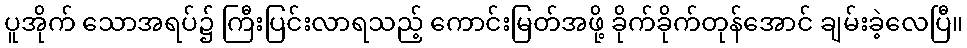
ပူအိုက် သောအရပ်၌ ကြီးပြင်းလာရသည့် ကောင်းမြတ်အဖို့ ခိုက်ခိုက်တုန်အောင် ချမ်းခဲ့လေပြီ။